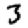
Digit: 3